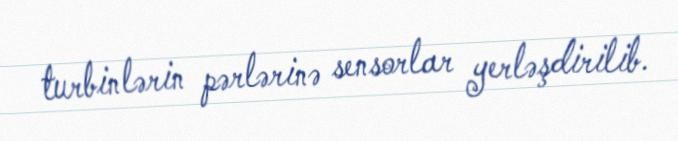
turbinlərin pərlərinə sensorlar yerləşdirilib.